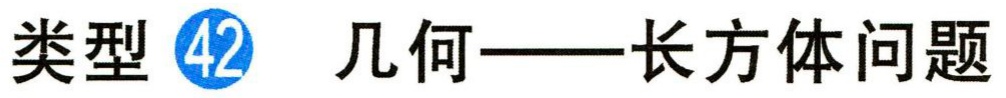
类型 \textcircled{42} 几何——长方体问题